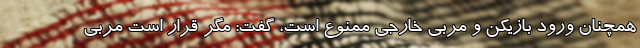
همچنان ورود بازیکن و مربی خارجی ممنوع است، گفت: مگر قرار است مربی